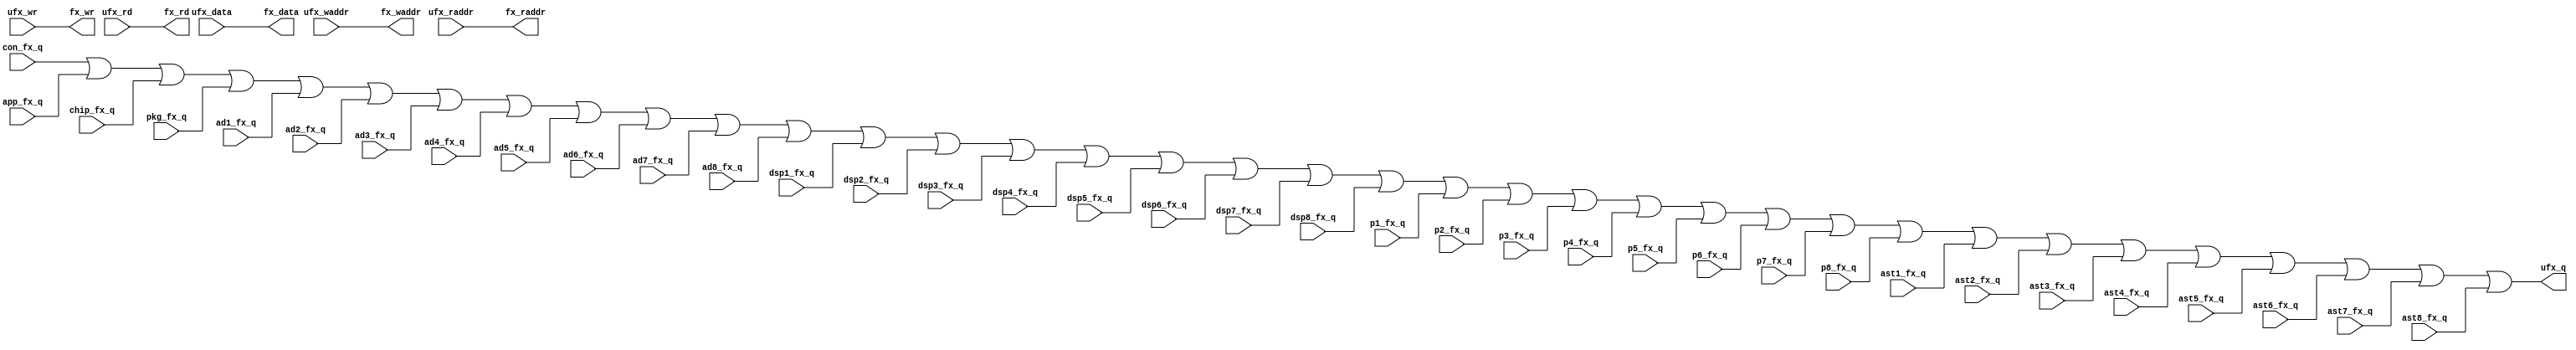
//fx_bus.v

module fx_bus(
//fx bus for salve
fx_waddr,
fx_wr,
fx_data,
fx_rd,
fx_raddr,
con_fx_q,
app_fx_q,
ad1_fx_q,
ad2_fx_q,
ad3_fx_q,
ad4_fx_q,
ad5_fx_q,
ad6_fx_q,
ad7_fx_q,
ad8_fx_q,
dsp1_fx_q,
dsp2_fx_q,
dsp3_fx_q,
dsp4_fx_q,
dsp5_fx_q,
dsp6_fx_q,
dsp7_fx_q,
dsp8_fx_q,
p1_fx_q,
p2_fx_q,
p3_fx_q,
p4_fx_q,
p5_fx_q,
p6_fx_q,
p7_fx_q,
p8_fx_q,
ast1_fx_q,
ast2_fx_q,
ast3_fx_q,
ast4_fx_q,
ast5_fx_q,
ast6_fx_q,
ast7_fx_q,
ast8_fx_q,
chip_fx_q,
pkg_fx_q,
//fx bus for uart maseter
ufx_waddr,
ufx_wr,
ufx_data,
ufx_rd,
ufx_raddr,
ufx_q
);

//fx_bus for salve
output 				fx_wr;
output [7:0]	fx_data;
output [21:0]	fx_waddr;
output [21:0]	fx_raddr;
output 				fx_rd;
input  [7:0]	con_fx_q;
input  [7:0]	app_fx_q;
input  [7:0]	ad1_fx_q;
input  [7:0]	ad2_fx_q;
input  [7:0]	ad3_fx_q;
input  [7:0]	ad4_fx_q;
input  [7:0]	ad5_fx_q;
input  [7:0]	ad6_fx_q;
input  [7:0]	ad7_fx_q;
input  [7:0]	ad8_fx_q;
input  [7:0] dsp1_fx_q;
input  [7:0] dsp2_fx_q;
input  [7:0] dsp3_fx_q;
input  [7:0] dsp4_fx_q;
input  [7:0] dsp5_fx_q;
input  [7:0] dsp6_fx_q;
input  [7:0] dsp7_fx_q;
input  [7:0] dsp8_fx_q;
input  [7:0] p1_fx_q;
input  [7:0] p2_fx_q;
input  [7:0] p3_fx_q;
input  [7:0] p4_fx_q;
input  [7:0] p5_fx_q;
input  [7:0] p6_fx_q;
input  [7:0] p7_fx_q;
input  [7:0] p8_fx_q;
input  [7:0] ast1_fx_q;
input  [7:0] ast2_fx_q;
input  [7:0] ast3_fx_q;
input  [7:0] ast4_fx_q;
input  [7:0] ast5_fx_q;
input  [7:0] ast6_fx_q;
input  [7:0] ast7_fx_q;
input  [7:0] ast8_fx_q;
input  [7:0] chip_fx_q;
input  [7:0] pkg_fx_q;
//fx bus for uart maseter
input 				ufx_wr;
input [7:0]		ufx_data;
input [21:0]	ufx_waddr;
input [21:0]	ufx_raddr;
input 				ufx_rd;
output  [7:0]	ufx_q;
//--------------------------------------
//--------------------------------------

//-------- from master to slave --------
wire 				fx_wr;
wire [7:0]	fx_data;
wire [21:0]	fx_waddr;
wire [21:0]	fx_raddr;
wire 				fx_rd;
assign fx_wr = ufx_wr;
assign fx_data = ufx_data;
assign fx_waddr = ufx_waddr;
assign fx_raddr = ufx_raddr;
assign fx_rd = ufx_rd;



//-------- from salve to master --------
wire  [7:0]	ufx_q;
assign ufx_q = 	con_fx_q | app_fx_q | 
								chip_fx_q | pkg_fx_q |
								ad1_fx_q | ad2_fx_q | ad3_fx_q | ad4_fx_q|
								ad5_fx_q | ad6_fx_q | ad7_fx_q | ad8_fx_q|
								dsp1_fx_q|dsp2_fx_q |dsp3_fx_q |dsp4_fx_q|
								dsp5_fx_q|dsp6_fx_q |dsp7_fx_q |dsp8_fx_q|
								p1_fx_q | p2_fx_q | p3_fx_q | p4_fx_q |
								p5_fx_q | p6_fx_q | p7_fx_q | p8_fx_q |
								ast1_fx_q|ast2_fx_q |ast3_fx_q |ast4_fx_q|
								ast5_fx_q|ast6_fx_q |ast7_fx_q |ast8_fx_q;


endmodule